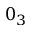
0 _ { 3 }